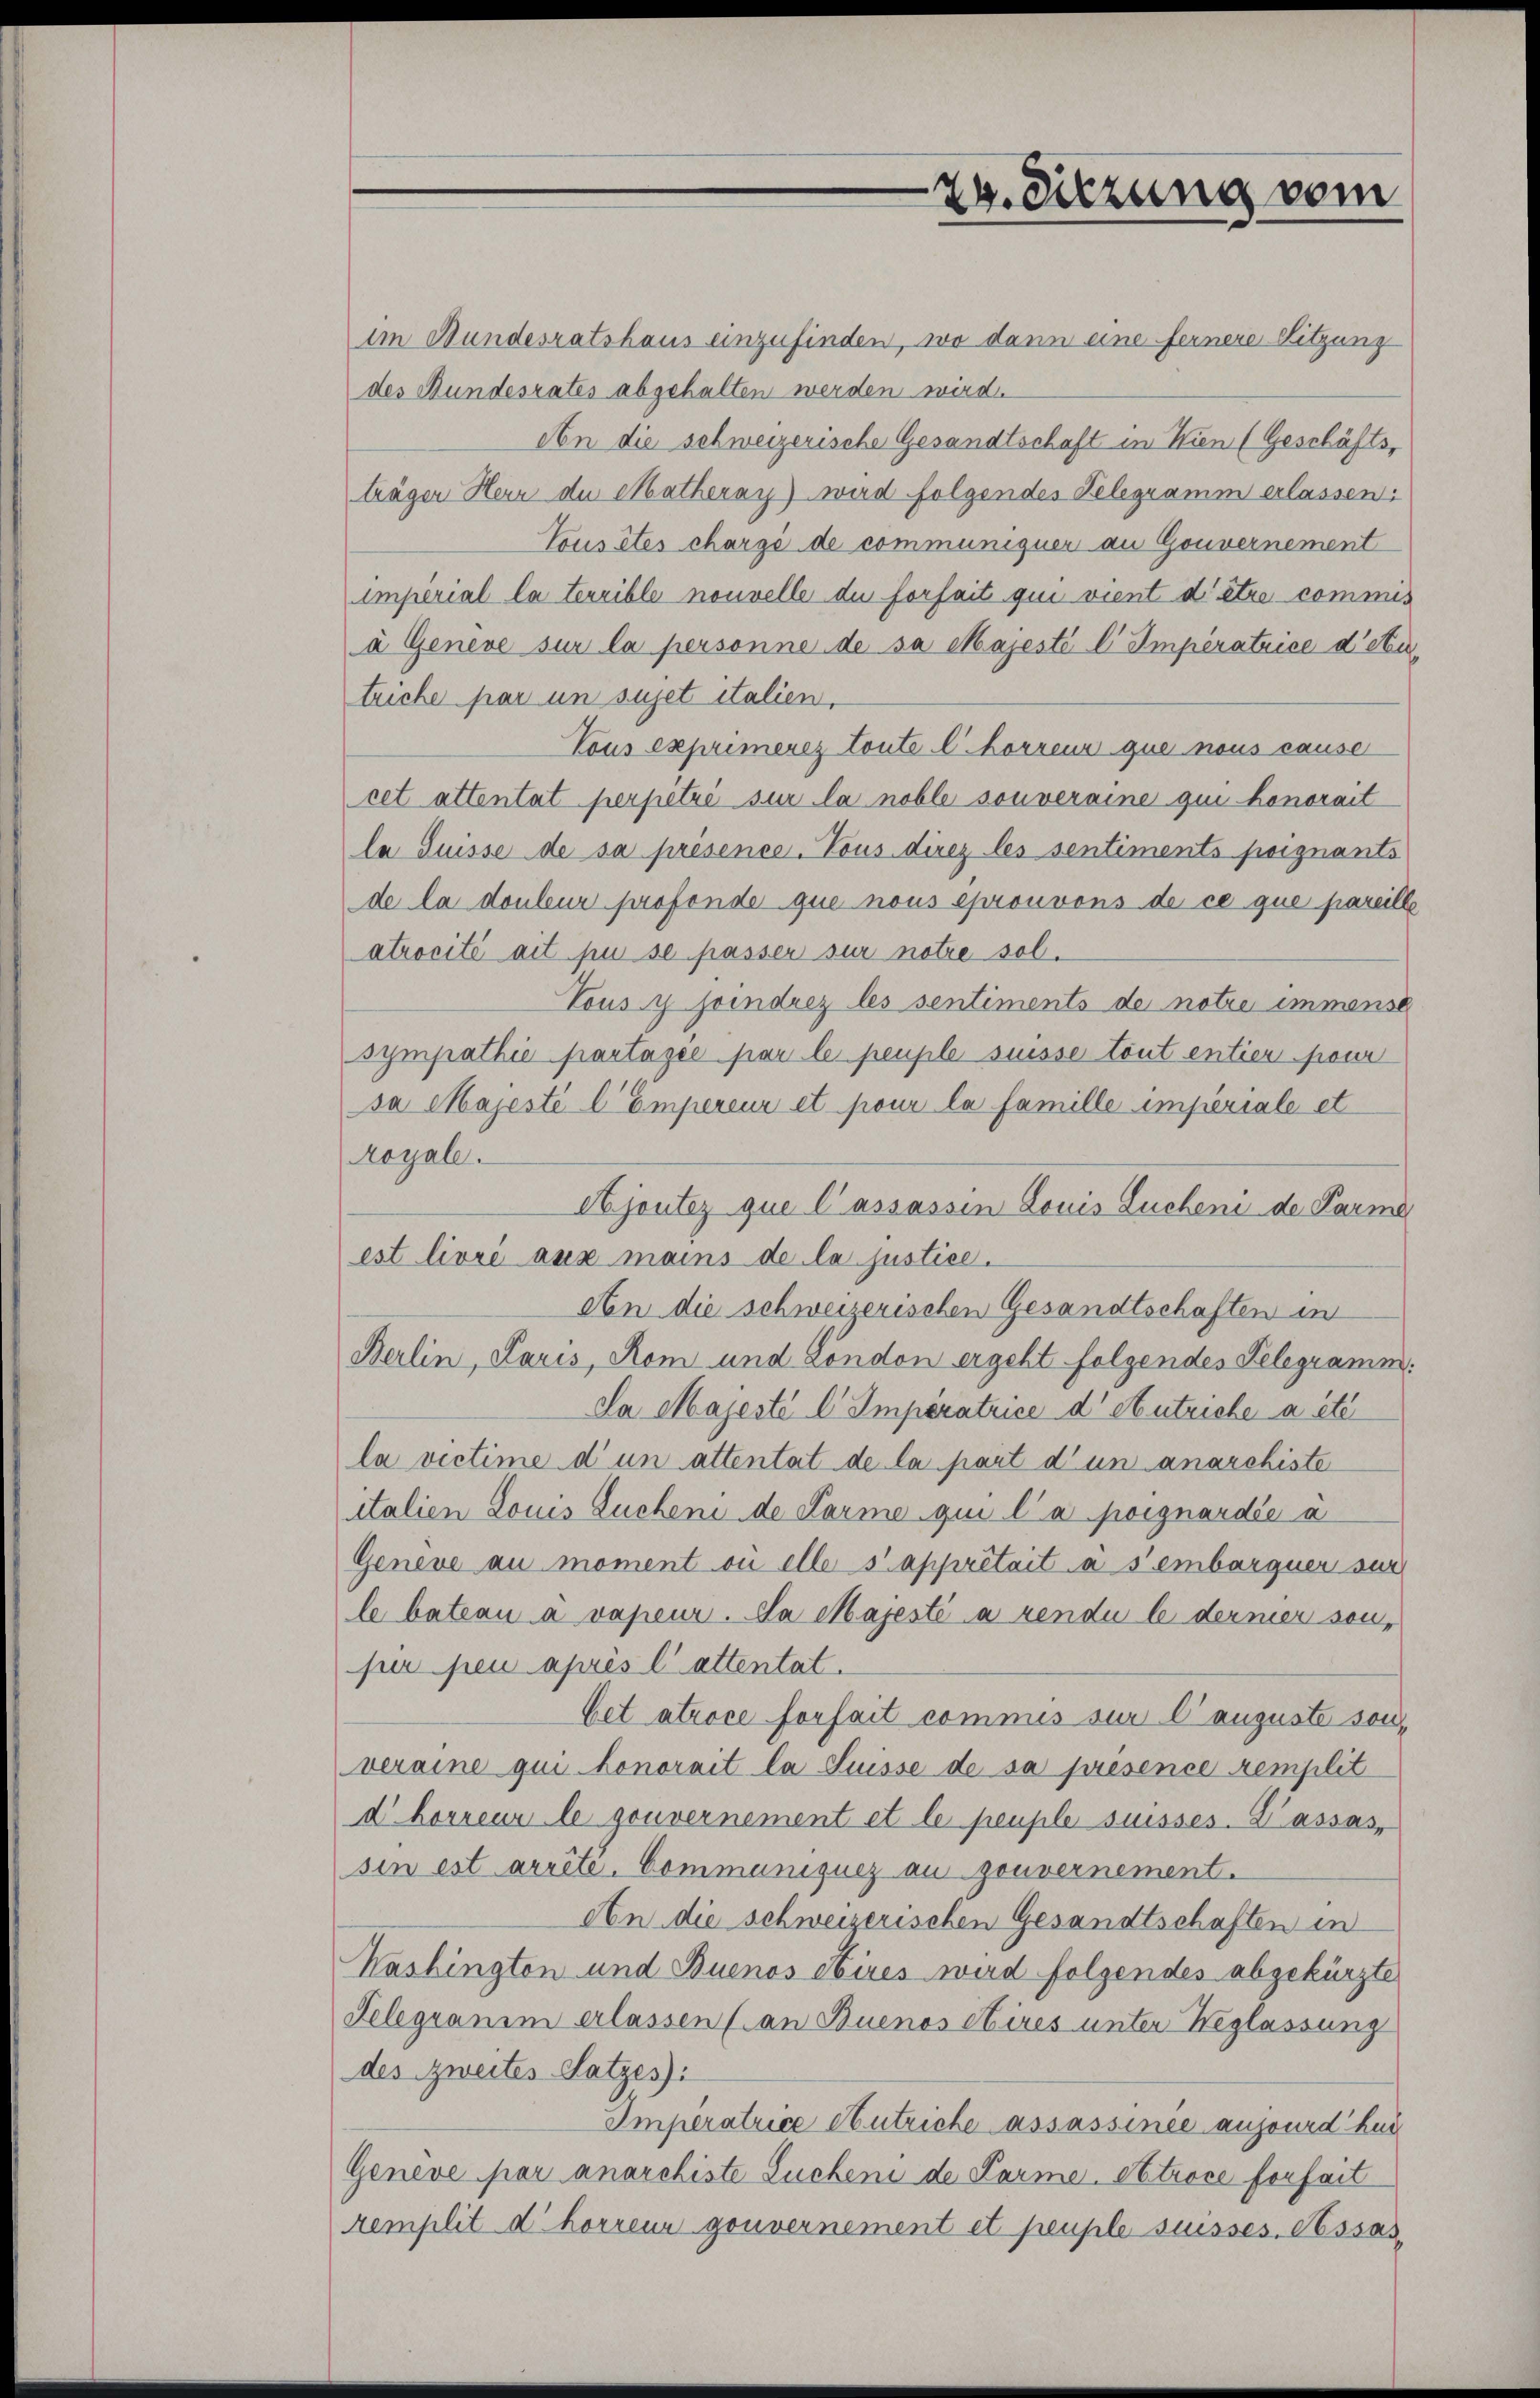
im Bundesratshaus einzufinden, wo dann eine fernere Sitzung
des Bundesrates abgehalten werden wird.
An die schweizerische Gesandtschaft in Wien (Geschäftsträger Herr der Matheray) wird folgendes Telegramm erlassen:
Tous êtes chargé de communiquer an Gouvernement
imperial la terrible nouvelle du forseit qui vient d’être commis
à Geneve sur la personne de sa Majesté l Imperatrice d’etutriche par un sujet italien,
Tous exprimerez toute l Korreur que nous cause
cet attentat perpetri sur la noble souveraine qui honorait
la Suisse de sa présence. Tous direz les sentiments poignants
de la douleur profondo que nous eprouvons de ce que pareill
atrocité ait pu se passer sur notre sol.
Tous y soindrez les sentiments de notre immense
sympathie partagée par le peuple suisse tout entier four
sa Majesté l Empereur et pour la famille imperiale et
Royale.
Ajoutez que l’assassin Louis Lucheni de Parme
est livré aux mains de la justice.
An die schweizerischen Gesandtschaften in
Berlin, Paris, Rom und London ergeht folgendes Telegramm.
Da Majesté l Imperatrice d' Antriche a été
la vectime d’un attentat de la part d’un anarchiste
italien Louis Sucheni de Carme qui la poignardée à
Geneve au moment ou elle s’appretait à sembarguer sur
le bateau à vapeur. Na Majesté à rendu le dermer sonper peu après l’ attentat.
Vet atroce forfait commis sur l’auguste sonveraine qui honorait la Suisse de sa présence remplit
d horreur le gouvernement et le peupile suisses. Dassas,
sin est arrêté. Communiques au gouvernement.
An die schweizerischen Gesandtschaften in
Washington und Buenos Aires wird folgendes abgekürzte
Telegranum erlassen (an Buenos Aires unter Weglassung
des zweites Satzes).
Imperatrice Antriche assassinie anjourd her
Geneve par anarchiste Luckeni de Parme Stroce forseit
remplit d horren gouvernement et peuple suisses. Assas

29. Sitzung vom